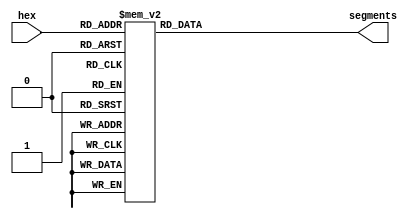
module hexTo7Segment(
    output [6:0] segments,
    input [3:0] hex
    ); 
    reg [6:0] segments;
// 7-segment encoding
//      0
//     ---
//  5 |   | 1
//     --- <--6
//  4 |   | 2
//     ---
//      3
    always @(hex)
    case (hex)
        4'b0001 : segments = 7'b1111001;   // 1
        4'b0010 : segments = 7'b0100100;   // 2
        4'b0011 : segments = 7'b0110000;   // 3
        4'b0100 : segments = 7'b0011001;   // 4
        4'b0101 : segments = 7'b0010010;   // 5
        4'b0110 : segments = 7'b0000010;   // 6
        4'b0111 : segments = 7'b1111000;   // 7
        4'b1000 : segments = 7'b0000000;   // 8
        4'b1001 : segments = 7'b0010000;   // 9
        4'b1010 : segments = 7'b0001000;   // A
        4'b1011 : segments = 7'b0000011;   // b
        4'b1100 : segments = 7'b1000110;   // C
        4'b1101 : segments = 7'b0100001;   // d
        4'b1110 : segments = 7'b0000110;   // E
        4'b1111 : segments = 7'b0001110;   // F
        default : segments = 7'b1000000;   // 0
      endcase
endmodule